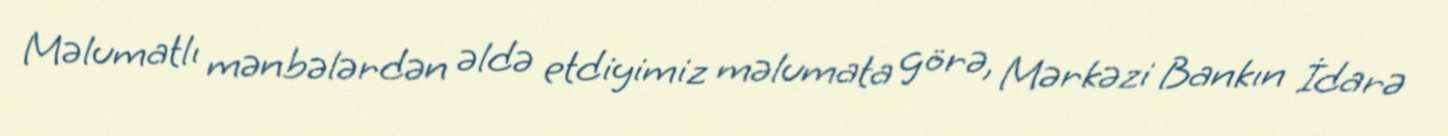
Məlumatlı mənbələrdən əldə etdiyimiz məlumata görə, Mərkəzi Bankın İdarə